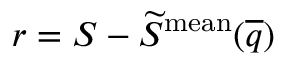
r = S - \widetilde { S } ^ { \mathrm { m e a n } } ( \overline { { q } } )